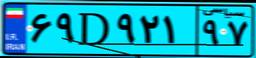
۶۹D۹۲۱۹۷